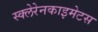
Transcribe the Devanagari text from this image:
स्क्लेरेनकाइमेटस